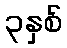
၃နှစ်